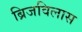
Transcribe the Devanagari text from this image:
ब्रिजविलास